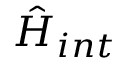
\hat { H } _ { i n t }